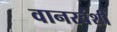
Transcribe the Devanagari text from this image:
वानरवंशी